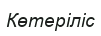
Көтеріліс